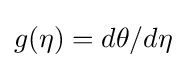
g(\eta )=d\theta /d\eta